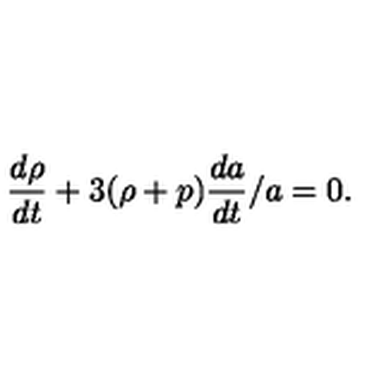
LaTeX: { \frac { d \rho } { d t } } + 3 ( \rho + p ) { \frac { d a } { d t } } / a = 0 .